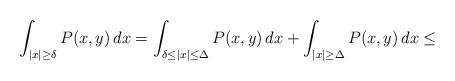
LaTeX: \begin{align*}\int_{|x|\ge\delta}P(x,y)\,dx=\int_{\delta\le|x|\le\Delta}P(x,y)\,dx+\int_{|x|\ge\Delta}P(x,y)\,dx\le\end{align*}